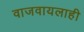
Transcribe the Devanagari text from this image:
वाजवायलाही